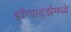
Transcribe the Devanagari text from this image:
हॉग्वार्ट्झमध्ये